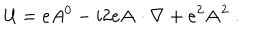
LaTeX: { \cal U } = e A ^ { 0 } - i 2 e { \bf A \cdot \nabla } + e ^ { 2 } { \bf A } ^ { 2 } \; .